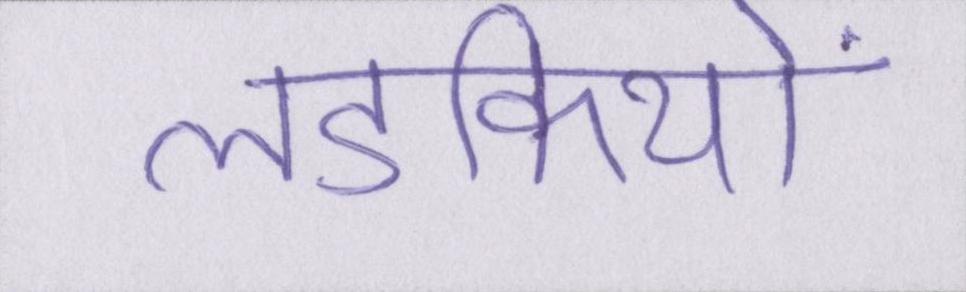
लडकियों